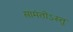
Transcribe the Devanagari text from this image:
सामंतोऽस्तु